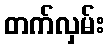
တက်လှမ်း